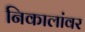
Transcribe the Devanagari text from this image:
निकालांवर